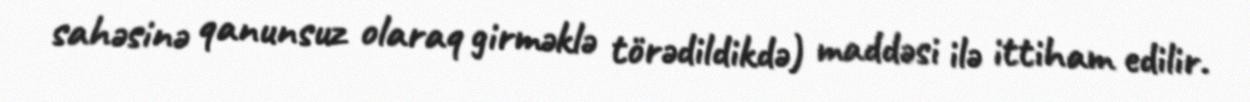
sahəsinə qanunsuz olaraq girməklə törədildikdə) maddəsi ilə ittiham edilir.